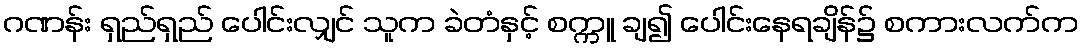
ဂဏန်း ရှည်ရှည် ပေါင်းလျှင် သူက ခဲတံနှင့် စက္ကူ ချ၍ ပေါင်းနေရချိန်၌ စကားလက်က